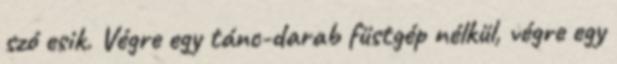
szó esik. Végre egy tánc-darab füstgép nélkül, végre egy